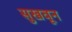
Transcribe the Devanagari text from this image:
सुखवून